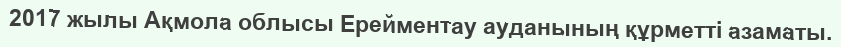
2017 жылы Ақмола облысы Ерейментау ауданының құрметті азаматы.